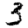
Digit: 3